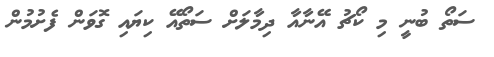
ސަތޯ ބުނީ މި ކޯޗު އޭނާއާ ދިމާލަށް ސަތޯއޭ ކިޔައި ގޮވަން ފެށުމުން